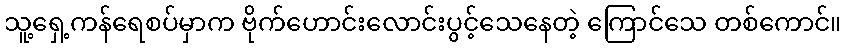
သူ့ရှေ့ကန်ရေစပ်မှာက ဗိုက်ဟောင်းလောင်းပွင့်သေနေတဲ့ ကြောင်သေ တစ်ကောင်။